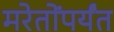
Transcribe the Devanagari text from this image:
मरेतोंपर्यंत